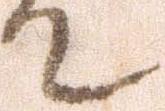
て